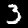
Label: 3